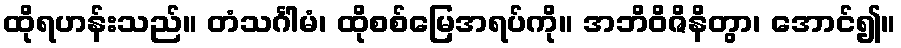
ထိုရဟန်းသည်။ တံသင်္ဂါမံ၊ ထိုစစ်မြေအရပ်ကို။ အဘိဝိဇိနိတွာ၊ အောင်၍။